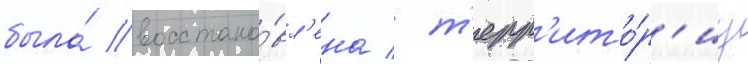
была́ восстано́вл'ена / т'ерр'ито́р'иу